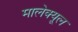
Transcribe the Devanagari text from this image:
मालेक्यूल